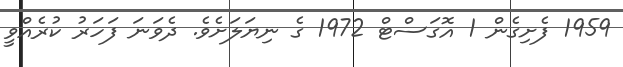
1959 ފެށިގެން 1 އޮގަސްޓް 1972 ގެ ނިޔަލަށެވެ. ދެވަނަ ފަހަރު ކުރެއްވީ